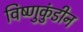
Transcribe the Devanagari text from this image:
विष्णुकुंडीन